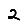
Digit: 2